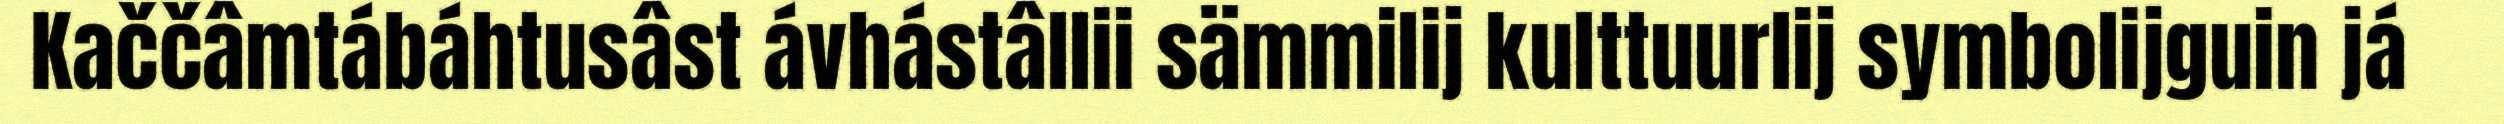
Kaččâmtábáhtusâst ávhástâllii sämmilij kulttuurlij symbolijguin já